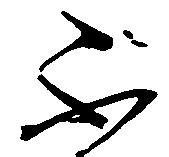
不